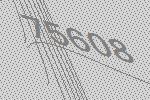
75608